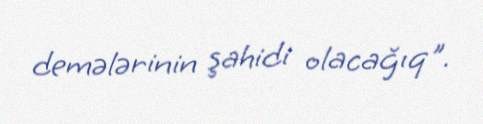
demələrinin şahidi olacağıq".